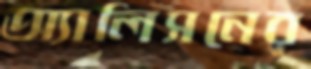
অ্যালিসনের